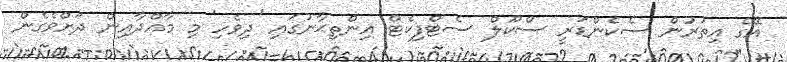
އޭގެ އިތުރުން ސެކެންޑަރީ ސްކޫލް ސެޓްފިކެޓް އިންތިޙާނުގައި 'ދިވެހި' މި މާއްދާއިން ދަށްވެގެން